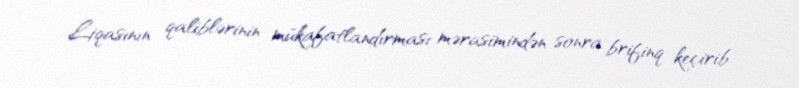
Liqasının qaliblərinin mükafatlandırması mərasimindən sonra brifinq keçirib.